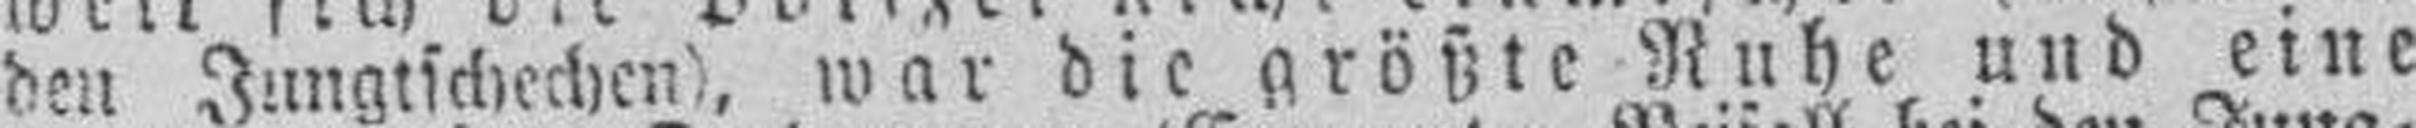
den Jungtschechen), war die größte Ruhe und eine